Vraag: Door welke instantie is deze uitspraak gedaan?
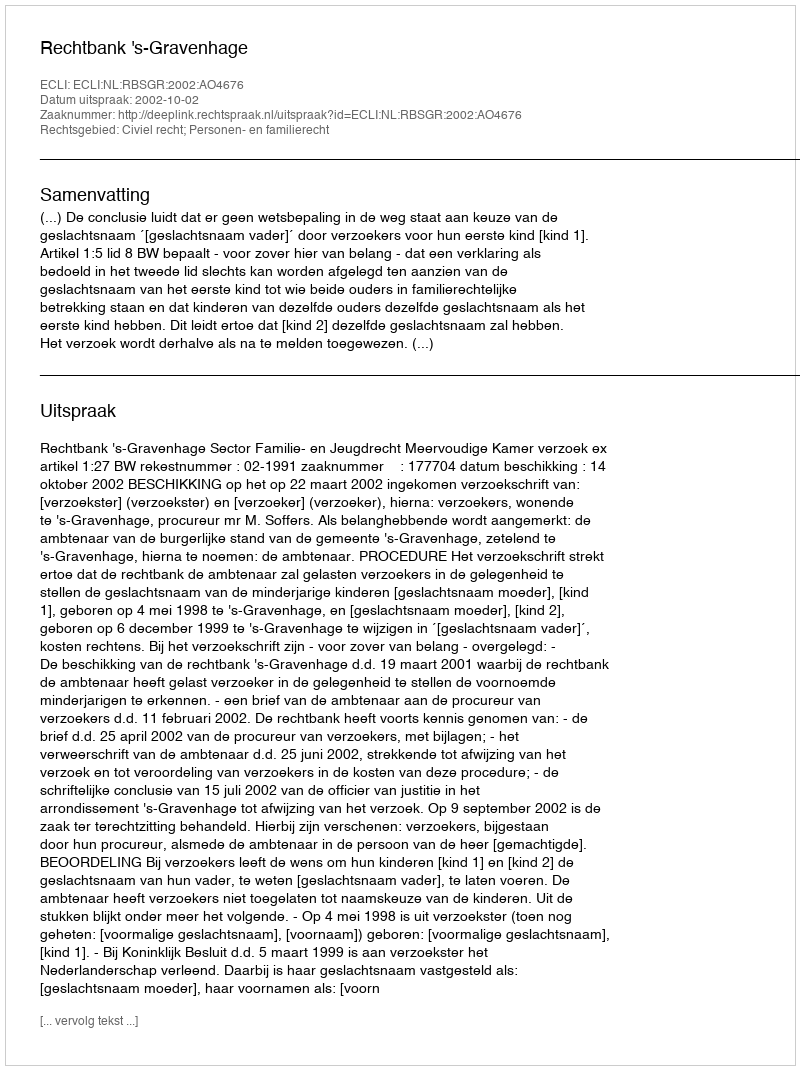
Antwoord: Rechtbank 's-Gravenhage